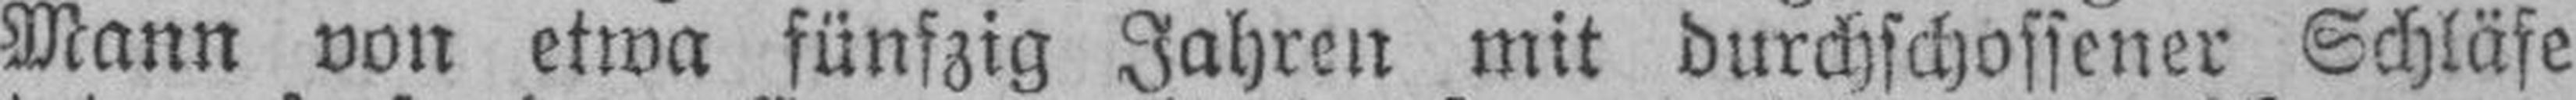
Mann von etwa fünfzig Jahren mit durchschossener Schläfe